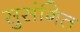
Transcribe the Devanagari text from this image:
सुसंगित